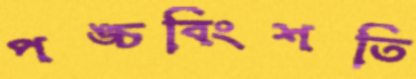
পঙ্চবিংশতি